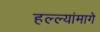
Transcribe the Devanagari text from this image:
हल्ल्यांमागे